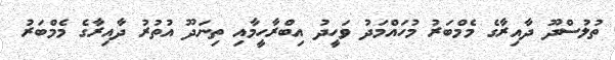
ތުލުސްދޫ ދާއިރާގެ މެމްބަރު މުހައްމަދު ވަހީދު އިބްރާހީމާއި ތިނަދޫ އުތުރު ދާއިރާގެ މެމްބަރު